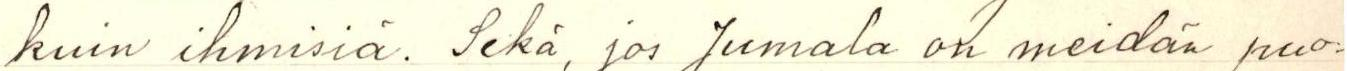
kuin ihmisiä. Sekä, jos Jumala on meidän puo-